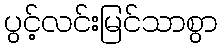
ပွင့်လင်းမြင်သာစွာ